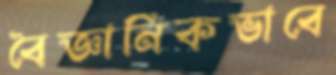
বৈজ্ঞানিকভাবে